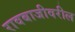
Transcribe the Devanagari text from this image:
रावबाजीवरील